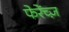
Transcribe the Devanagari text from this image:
फेरेंच्ज़